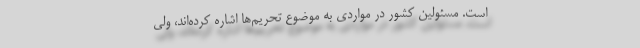
است. مسئولین کشور در مواردی به موضوع تحریم‌ها اشاره کرده‌اند، ولی